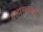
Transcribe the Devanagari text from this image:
ब्राह्मणवादाची